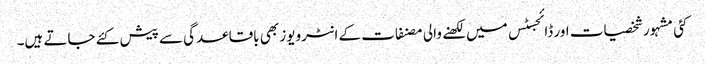
کئی مشہور شخصیات اور ڈائجسٹس میں لکھنے والی مصنفات کے انٹرویوز بھی باقاعدگی سے پیش کئے جاتے ہیں۔